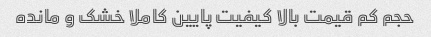
حجم کم قیمت بالا کیفیت پایین کاملا خشک و مانده